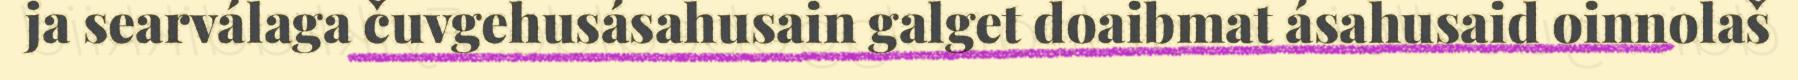
ja searválaga čuvgehusásahusain galget doaibmat ásahusaid oinnolaš